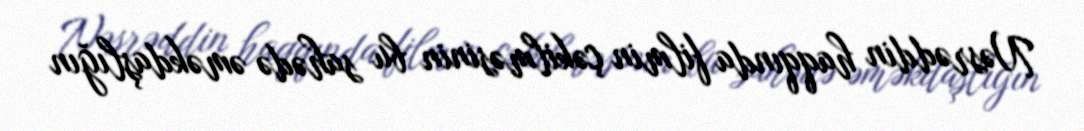
Nəsrəddin haqqında filmin çəkilməsinin bu sahədə əməkdaşlığın